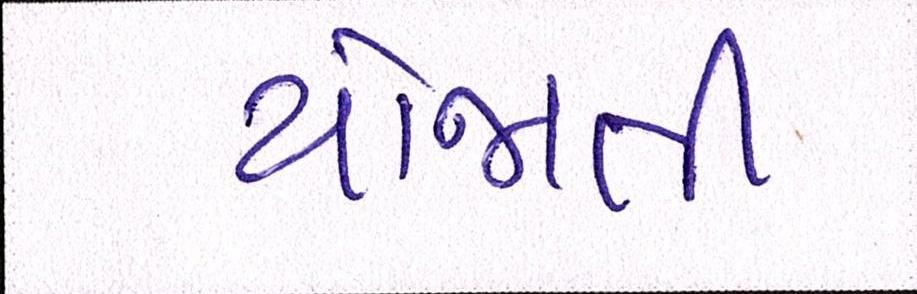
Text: યોજાતી